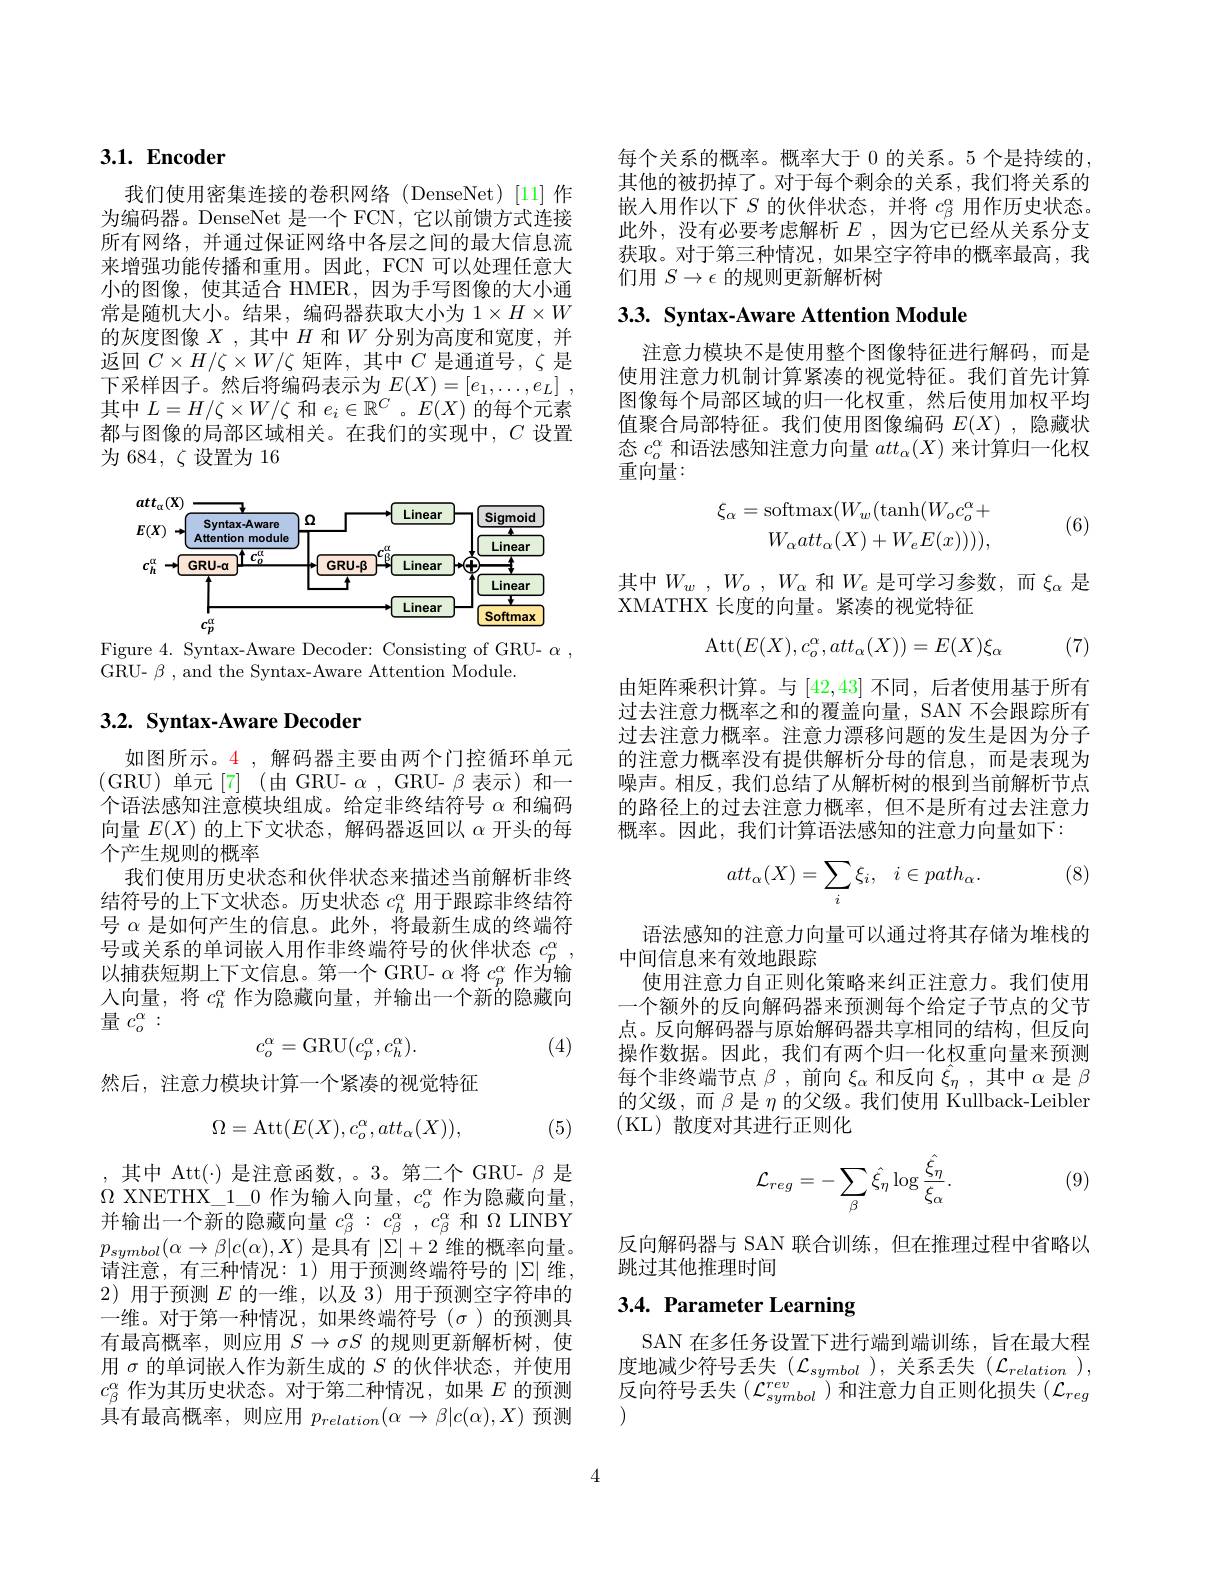
## $3. 1. \textbf{ Encoder}$

我们使用密集连接的卷积网络(DenseNet)[11] 作为编码器。DenseNet 是一个 FCN, 它以前馈方式连接所有网络，并通过保证网络中各层之间的最大信息流来增强功能传播和重用。因此，FCN 可以处理任意大小的图像，使其适合 HMER,因为手写图像的大小通常是随机大小。结果，编码器获取大小为 1$\times H\times W$ 的灰度图像$X$ ,其中$H$和$W$分别为高度和宽度，并返回$C\times H/\zeta\times W/\zeta$矩阵，其中$C$是通道号，$\zeta$是下采样因子。然后将编码表示为$E( X) = [ e_1, \ldots , e_L]$ , 其中$L=H/\zeta\times W/\zeta$和$e_i\in\mathbb{R}^C$ 。$E(X)$的每个元素都与图像的局部区域相关。在我们的实现中，$C$设置为 684, $\zeta$设置为 16

<FigureHere>

Figure 4. Syntax-Aware Decoder: Consisting of GRU- $\alpha$,
GRU- $\beta$ , and the Syntax-Aware Attention Module.

## 3.2. Syntax-Aware Decoder

如图所示。4,解码器主要由两个门控循环单元(GRU)单元[7](由GRU-$\alpha$,GRU-$\beta$表示)和一个语法感知注意模块组成。给定非终结符号$\alpha$和编码向量$E(X)$的上下文状态，解码器返回以$\alpha$开头的每个产生规则的概率
我们使用历史状态和伙伴状态来描述当前解析非终结符号的上下文状态。历史状态$c_h^\alpha$用于跟踪非终结符号$\alpha$是如何产生的信息。此外，将最新生成的终端符号或关系的单词嵌入用作非终端符号的伙伴状态$c_p^\alpha$ , 以捕获短期上下文信息。第一个 GRU- $\alpha$将$c_p^\alpha$作为输入向量，将$c_h^\alpha$作为隐藏向量，并输出一个新的隐藏向量$c_o^\alpha:$
(4)
$$c_o^\alpha=\mathrm{GRU}(c_p^\alpha,c_h^\alpha).$$
然后，注意力模块计算一个紧凑的视觉特征
$$\Omega=\mathrm{Att}(E(X),c_o^\alpha,att_\alpha(X)),$$
(5)

,其中 Att(-)是注意函数，。3。第二个GRU- $\beta$ 是$\Omega$ XNETHX\_1\_0 作为输入向量，$c_o^\alpha$ 作为隐藏向量， 并输出一个新的隐藏向量$c_\beta^\alpha:c_\beta^\alpha,c_\beta^\alpha$和$\Omega$ LINBY $p_{symbol}(\alpha\rightarrow\beta|c(\alpha),X)$ 是具有 $|\Sigma|+2^{\prime}$维的概率向量。请注意，有三种情况：1)用于预测终端符号的 $|\Sigma|$ 维， 2)用于预测$E$的一维，以及 3)用于预测空字符串的一维。对于第一种情况，如果终端符号($\sigma$)的预测具有最高概率，则应用$S\to\sigma S$的规则更新解析树，使用$\sigma$的单词嵌人作为新生成的$S$的伙伴状态，并使用$c_\beta^\alpha$作为其历史状态。对于第二种情况，如果$E$的预测具有最高概率，则应用$p_relation(\alpha\rightarrow\beta|c(\alpha),X)$预测

每个关系的概率。概率大于 0 的关系。5 个是持续的， 其他的被扔掉了。对于每个剩余的关系，我们将关系的嵌入用作以下$S$的伙伴状态，并将$c_\beta^\alpha$用作历史状态。此外，没有必要考虑解析$E$ , 因 为 它 已 经 从 关 系 分 支 获取。对于第三种情况，如果空字符串的概率最高，我们用$S\to\epsilon$的规则更新解析树

## 3.3. Syntax-Aware Attention Module

注意力模块不是使用整个图像特征进行解码，而是使用注意力机制计算紧凑的视觉特征。我们首先计算图像每个局部区域的归一化权重，然后使用加权平均值聚合局部特征。我们使用图像编码$E(X)$ ,隐藏状态$c_o^\alpha$和语法感知注意力向量$att_\alpha(X)$来计算归一化权重向量：
$$\begin{array}{rl}\xi_\alpha=\mathrm{softmax}(W_w(\mathrm{tanh}(W_oc_o^\alpha+\\W_\alpha att_\alpha(X)+W_eE(x)))),\end{array}$$
(6)

其中$W_w$ , $W_o$ , $W_\alpha$ 和$W_e$ 是可学习参数，而$\xi_\alpha$ 是
XMATHX 长度的向量。紧凑的视觉特征
$$\mathrm{Att}(E(X),c_o^\alpha,att_\alpha(X))=E(X)\xi_\alpha $$
(7)

由矩阵乘积计算。与[42,43]不同，后者使用基于所有过去注意力概率之和的覆盖向量，SAN 不会跟踪所有过去注意力概率。注意力漂移问题的发生是因为分子的注意力概率没有提供解析分母的信息，而是表现为噪声。相反，我们总结了从解析树的根到当前解析节点的路径上的过去注意力概率，但不是所有过去注意力概率。因此，我们计算语法感知的注意力向量如下：

(8)
$$att_\alpha(X)=\sum_i\xi_i,\:i\in path_\alpha.$$
语法感知的注意力向量可以通过将其存储为堆栈的
中间信息来有效地跟踪
使用注意力自正则化策略来纠正注意力。我们使用一个额外的反向解码器来预测每个给定子节点的父节点。反向解码器与原始解码器共享相同的结构，但反向操作数据。因此，我们有两个归一化权重向量来预测每个非终端节点$\beta$ ,前向$\xi_\alpha$和反向$\hat{\xi}_\eta$ ,其中$\alpha$是$\beta$ 的父级，而$\beta$是$\eta$的父级。我们使用 Kullback-Leibler (KL)散度对其进行正则化

(9)
$$\mathcal{L}_{reg}=-\sum_{\beta}\hat{\xi_{\eta}}\log\frac{\hat{\xi_{\eta}}}{\xi_{\alpha}}.$$
反向解码器与 SAN 联合训练，但在推理过程中省略以
跳过其他推理时间

## 3.4. Parameter Learning

SAN 在多任务设置下进行端到端训练，旨在最大程度地减少符号丢失($\mathcal{L}_symbol$),关系丢失$(\mathcal{L}_relation)$, 反向符号丢失$(\mathcal{L}_symbol^{rev})$和注意力自正则化损失$(\mathcal{L}_reg$

4